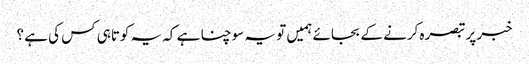
خبر پر تبصرہ کرنے کے بجائے ہمیں تو یہ سوچنا ہے کہ یہ کوتاہی کس کی ہے ؟